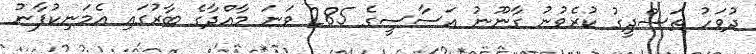
ދުވަހު ތަސްދީގު ކުރެވުނު ގާނޫނު އަސާސީގެ 285 ވަނަ މާއްދާގެ ބާރުގައި އެމަނިކުފާނު